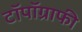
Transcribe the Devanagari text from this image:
टॉपॉग्राफी